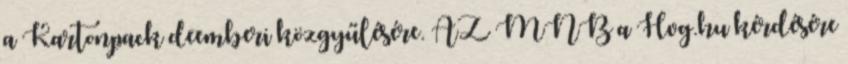
a Kartonpack deemberi közgyűlésére. AZ MNB a Hvg.hu kérdésére